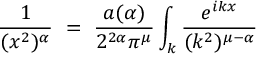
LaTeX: \frac { 1 } { ( x ^ { 2 } ) ^ { \alpha } } ~ = ~ \frac { a ( \alpha ) } { 2 ^ { 2 \alpha } \pi ^ { \mu } } \int _ { k } \frac { e ^ { i k x } } { ( k ^ { 2 } ) ^ { \mu - \alpha } }